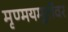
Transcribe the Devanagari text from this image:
मृण्मयमूर्तीवर